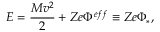
E = \frac { M v ^ { 2 } } { 2 } + Z e \Phi ^ { e f f } \equiv { Z e } \Phi _ { \ast } ,